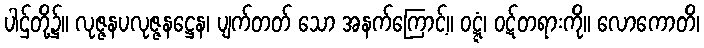
ပါဌ်တို့၌။ လုဇ္ဇနပလုဇ္ဇနဋ္ဌေန၊ ပျက်တတ် သော အနက်ကြောင့်။ ဝဋ္ဋံ၊ ဝဋ်တရားကို။ လောကောတိ၊